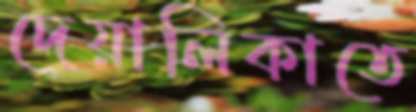
দেয়ালিকাতে